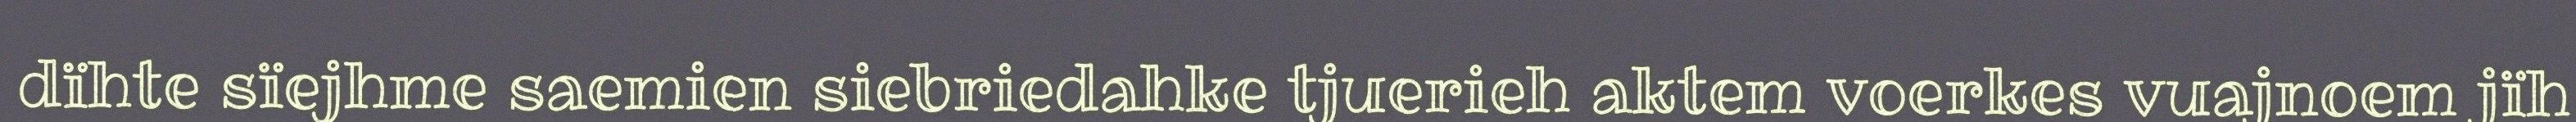
dïhte sïejhme saemien siebriedahke tjuerieh aktem voerkes vuajnoem jïh